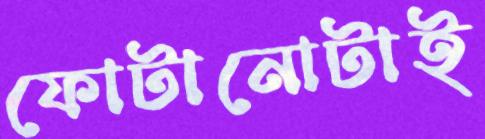
ফোটানোটাই